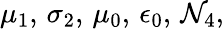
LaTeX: \mu_{1},\, \sigma_{2},\, \mu_{0},\, \epsilon_{0},\, \mathcal{N}_{4},